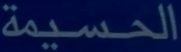
الحسيمة